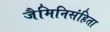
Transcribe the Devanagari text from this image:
जैमिनिसंहिता